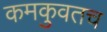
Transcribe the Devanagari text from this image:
कमकुवतच